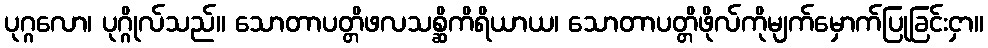
ပုဂ္ဂလော၊ ပုဂ္ဂိုလ်သည်။ သောတာပတ္တိဖလသစ္ဆိကိရိယာယ၊ သောတာပတ္တိဖိုလ်ကိုမျက်မှောက်ပြုခြင်းငှာ။